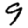
Digit: 9